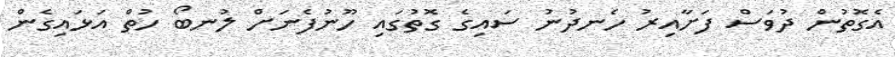
އެގޮތުން ދުވަސް ފަށާއިރު ހެނދުނު ސައިގެ ގޮތުގައި ހޫނުފެނަށް ލުނބޯ ހުތް އަޅައިގެން